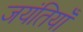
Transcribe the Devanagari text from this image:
जयंतियाँ